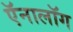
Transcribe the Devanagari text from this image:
ऍनालॉग